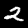
Digit: 2